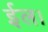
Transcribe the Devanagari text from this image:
ईल।